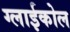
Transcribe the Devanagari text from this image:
ग्लाईकोल